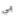
بي